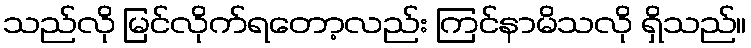
သည်လို မြင်လိုက်ရတော့လည်း ကြင်နာမိသလို ရှိသည်။